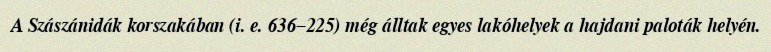
A Szászánidák korszakában (i. e. 636–225) még álltak egyes lakóhelyek a hajdani paloták helyén.